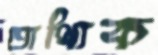
তাথ্যিক